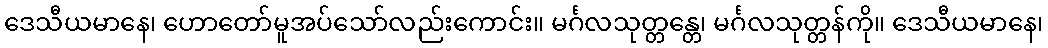
ဒေသီယမာနေ၊ ဟောတော်မူအပ်သော်လည်းကောင်း။ မင်္ဂလသုတ္တန္တေ၊ မင်္ဂလသုတ္တန်ကို။ ဒေသီယမာနေ၊